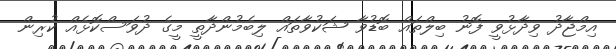
އިމްޖާދު ވިދާޅުވީ ފޮނު ބިލްތައް ބޮޑުވާ ޝަކުވާތައް ލިބެމުންދާތީ މީގެ ދުވަސްކޮޅެއް ކުރިން